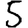
Digit: 5